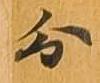
分